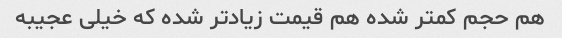
هم حجم کمتر شده هم قیمت زیادتر شده که خیلی عجیبه